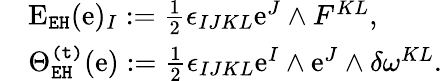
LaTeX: \begin{array}{rl}&{\mathrm{E}_{\mathtt{EH}}(\mathrm{e})_{I}:=\frac{1}{2}\epsilon_{IJKL}\mathrm{e}^{J}\wedge F^{KL},}\\ &{\Theta_{\mathtt{EH}}^{\mathtt{(t)}}(\mathrm{e}):=\frac{1}{2}\epsilon_{IJKL}\mathrm{e}^{I}\wedge\mathrm{e}^{J}\wedge\delta\omega^{KL}.}\end{array}